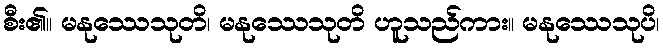
စီး၏။ မနုဿေသုတိ၊ မနုဿေသုတိ ဟူသည်ကား။ မနုဿေသုပိ၊